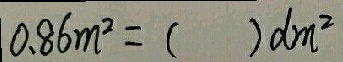
0 . 8 6 m ^ { 2 } = ( ) d m ^ { 2 }